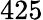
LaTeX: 425